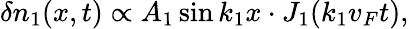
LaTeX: {\delta n_{1}(x,t)\propto A_{1}\sin k_{1}x\cdot J_{1}(k_{1}v_{F}t)},